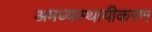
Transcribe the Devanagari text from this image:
अमध्यस्थायीकरण